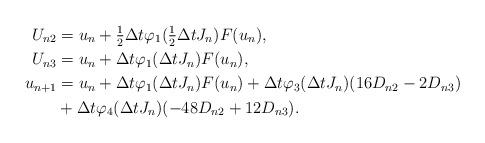
LaTeX: \begin{align*}U_{n2}&= u_n + \tfrac{1}{2} \Delta t \varphi _{1} ( \tfrac{1}{2}\Delta t J_n)F(u_n), \\U_{n3}&= u_n + \Delta t \varphi _{1} (\Delta t J_n)F(u_n), \\u_{n+1}& = u_n + \Delta t \varphi _{1} (\Delta t J_n)F(u_n) + \Delta t \varphi_3 (\Delta t J_n) (16 D_{n2}-2 D_{n3})\\ &+ \Delta t \varphi_4 (\Delta t J_n) (-48 D_{n2}+12 D_{n3}).\end{align*}